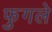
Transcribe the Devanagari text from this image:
फुगले